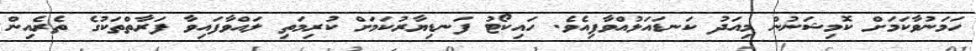
ހަމަނުވާކަމަށް ކޮމިޝަނުން މިއަދު ކަނޑައަޅުއްވާފިއެވެ. ހައިކޯޓު ފަނޑިޔާރުކަމަށް ކުރިމަތި ލައްވާފައިވާ ފަރާތްތަކުގެ ތެރެއިން